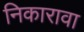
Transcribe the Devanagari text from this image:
निकारावा